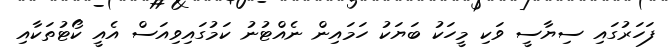
ފަހަރުގައި ސިޔާސީ ވަކި މީހަކު ބަޔަކު ހަމައިން ނެއްޓުނު ކަމުގައިވިއަސް އެއީ ކޯޓުތަކާއި